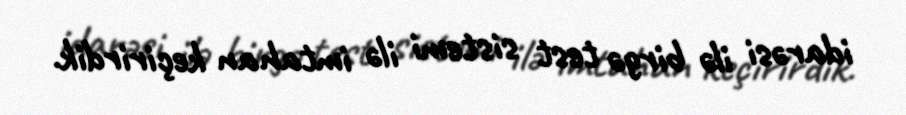
idarəsi ilə birgə test sistemi ilə imtahan keçirirdik.